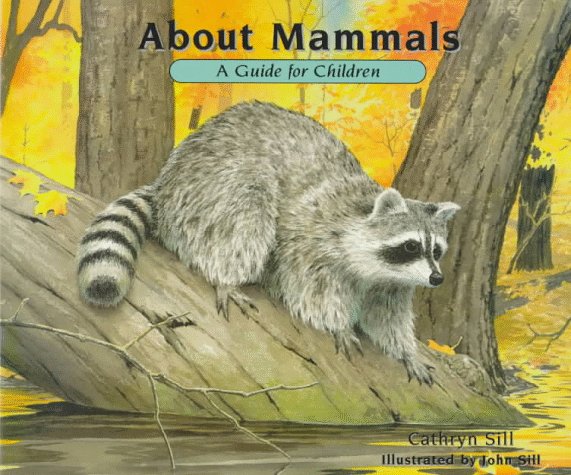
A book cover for About Mammals: A Guide for Children; Cathryn Sill; Children's Books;